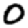
Digit: 0